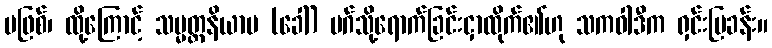
မဖြစ်၊ ထို့ကြောင့် သမ္မတ္တနိယာမ (ခေါ်) မဂ်သို့ရောက်ခြင်းငှာထိုက်၏ဟု သကဝါဒီက ရှင်းပြခန်း။